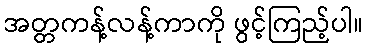
အတ္တကန့်လန့်ကာကို ဖွင့်ကြည့်ပါ။